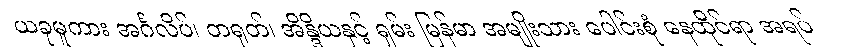
ယခုမူကား အင်္ဂလိပ်၊ တရုတ်၊ အိန္ဒိယနှင့် ရှမ်း မြန်မာ အမျိုးသား ပေါင်းစုံ နေထိုင်ရာ အရပ်